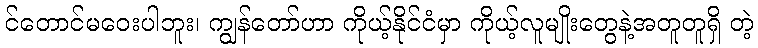
င်တောင်မဝေးပါဘူး၊ ကျွန်တော်ဟာ ကိုယ့်နိုင်ငံမှာ ကိုယ့်လူမျိုးတွေနဲ့အတူတူရှိ တဲ့